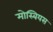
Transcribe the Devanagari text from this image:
मोस्बियस